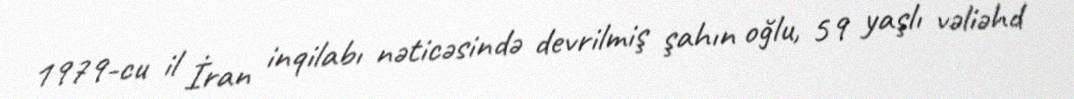
1979-cu il İran inqilabı nəticəsində devrilmiş şahın oğlu, 59 yaşlı vəliəhd